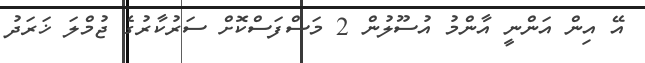
އޭ އިން އަންނީ އާންމު އުސޫލުން 2 މަސްފަސްކޮށް ސަރުކާރުގެ ޖުމްލަ ޚަރަދު